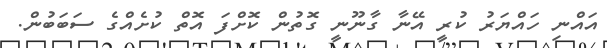
އައްނި ހައްޔަރު ކުރީ އޭނާ ގާނޫނީ ގޮތުން ކޮށްފަ އޮތް ކުށެއްގެ ސަބަބުން.